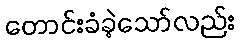
တောင်းခံခဲ့သော်လည်း